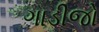
ગાડીજો